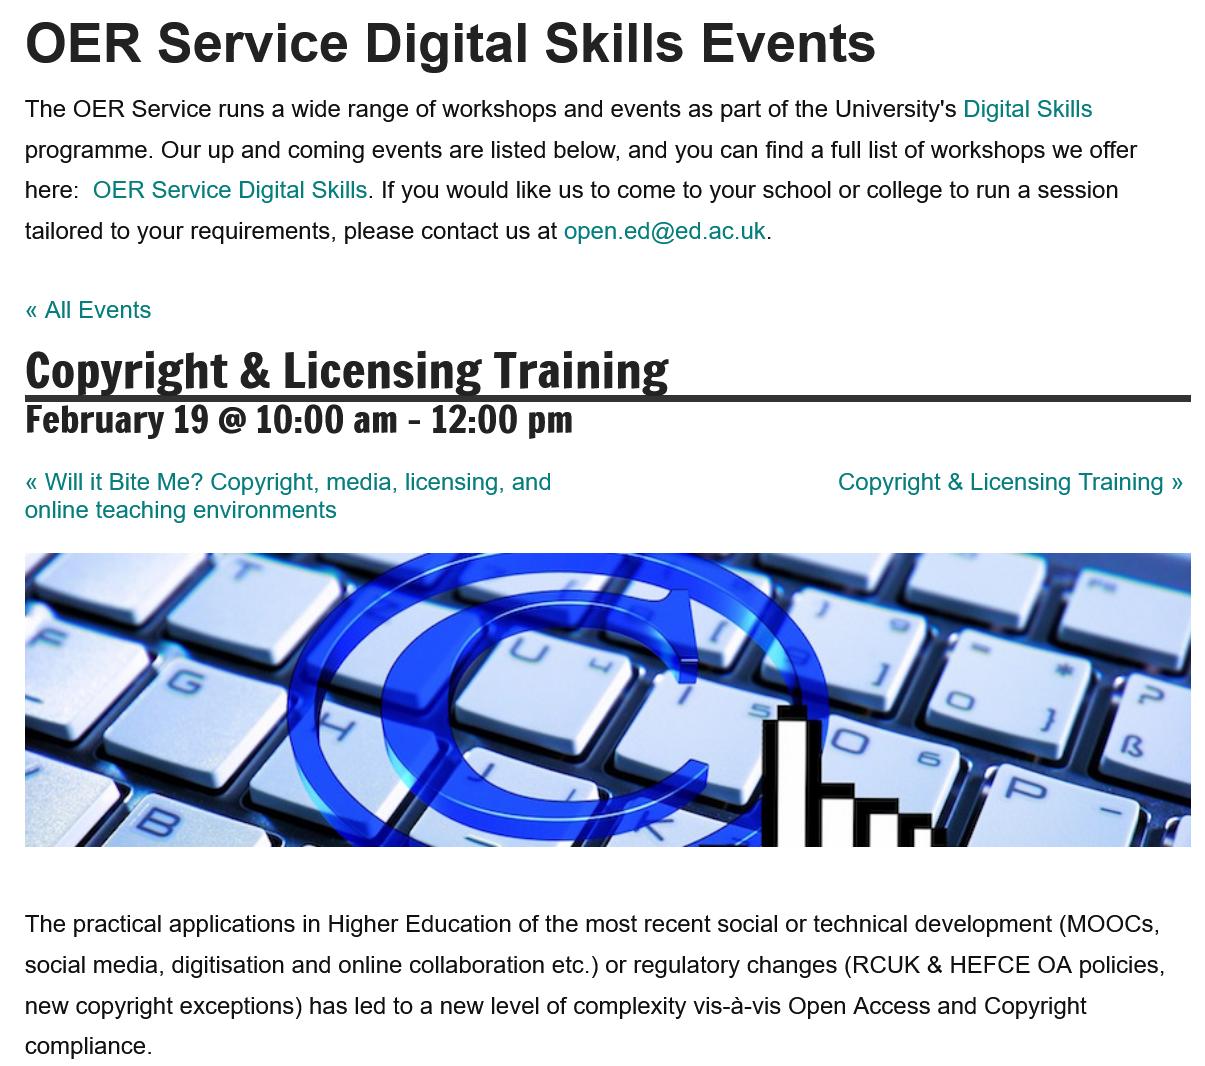
OER   Service    Digital    Skills    Events
   The OER Service runs a wide range of workshops and events as part of the University's Digital Skills
   programme. Our up and coming events are listed below, and you can find
  a
     full list of workshops we offer
   here: OER Service Digital Skills. If you would like us to come to your school or college to run a session
   tailored to your requirements, please contact us at open.ed@ed.ac.uk.
   « All Events
     Copyright & Licensing Training » « Will it Bite Me? Copyright, media, licensing, and
   online teaching environments
   The practical applications in Higher Education of the most recent social or technical development (MOOCs,
   social media, digitisation and online collaboration etc.) or regulatory changes (RCUK & HEFCE OA policies,
   new copyright exceptions) has led to a new level of complexity vis-a-vis Open Access and Copyright
   compliance.
   Copyright    &   Licensing    Training
   February    19 @  10:00   am   -
     12:00  pm